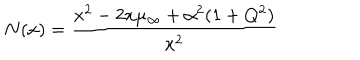
N ( x ) = { \frac { x ^ { 2 } - 2 x \mu _ { \infty } + \alpha ^ { 2 } ( 1 + Q ^ { 2 } ) } { x ^ { 2 } } }